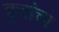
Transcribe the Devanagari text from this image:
वृत्तांचा